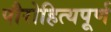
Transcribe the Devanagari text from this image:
पौरोहित्यपूर्ण